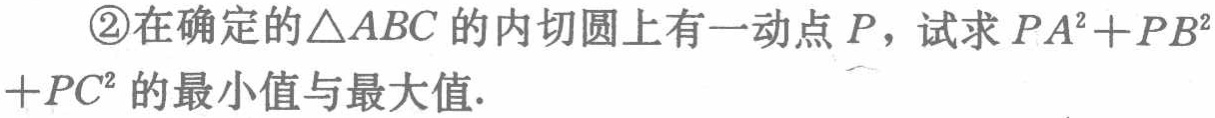
\textcircled{2}在确定的\(\triangle ABC\)的内切圆上有一动点\(P\)，试求\(PA^{2}+PB^{2}+PC^{2}\)的最小值与最大值.